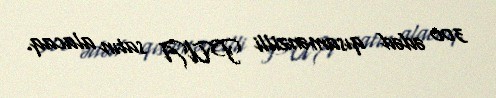
300 ədəd qısamənzilli PUA satın alacaq.